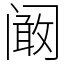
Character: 阚